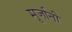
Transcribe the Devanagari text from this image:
मूर्जानी